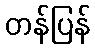
တန်ပြန်